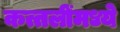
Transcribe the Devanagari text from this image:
कत्तलींमध्ये